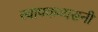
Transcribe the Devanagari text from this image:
स्वापकव्यसनी